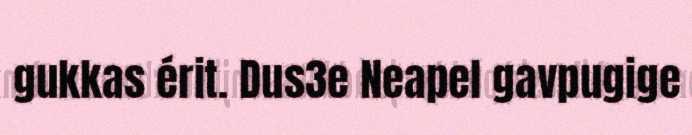
gukkas érit. Dus3e Neapel gavpugige